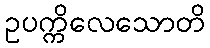
ဥပက္ကိလေသောတိ